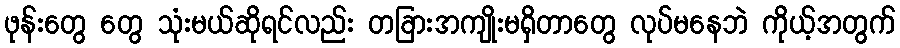
ဖုန်းတွေ တွေ သုံးမယ်ဆိုရင်လည်း တခြားအကျိုးမရှိတာတွေ လုပ်မနေဘဲ ကိုယ့်အတွက်